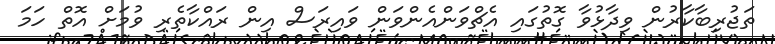
ތަޖުރިބާކާރުން ވިދާޅުވާ ގޮތުގައި އެޗްވަންއެންވަން ވައިރަސް އިން ރައްކާތެރި ވުމަށް އޮތް ހަމަ